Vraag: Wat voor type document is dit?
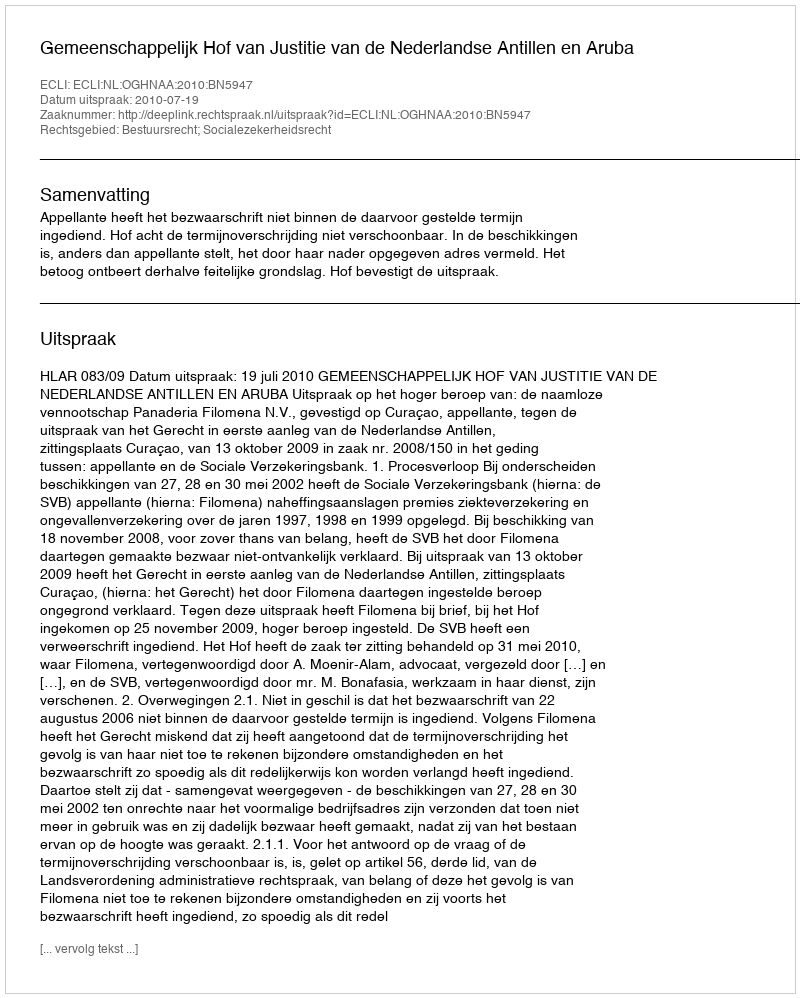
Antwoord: Uitspraak